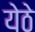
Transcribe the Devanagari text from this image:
येठे